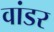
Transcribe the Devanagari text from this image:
वांडर